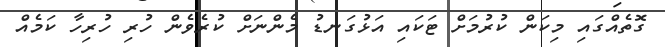
ގޮތެއްގައި މިކަން ކުރުމަށް ޓަކައި އަޅުގަނޑު މެންނަށް ކުރެވެން ހުރި ހުރިހާ ކަމެއް